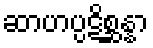
ဆာဟပ္ပဋိစ္ဆန္နာ